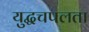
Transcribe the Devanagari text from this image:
युद्धचपलता